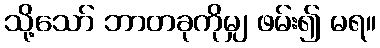
သို့သော် ဘာတခုကိုမျှ ဖမ်း၍ မရ။